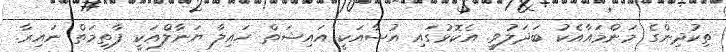
ތިކުދިންގެ މަންމައާއެކު ބަދަލުވީ. އެކޮޅުގައި އުޝާއަކީ އައިޝަތް ހައިލާ ޔަނާލްއަކީ ފާތިމަތް ނައިރާ.